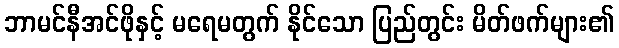
ဘာမင်နီအင်ဖိုနှင့် မရေမတွက် နိုင်သော ပြည်တွင်း မိတ်ဖက်များ၏